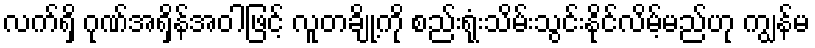
လက်ရှိ ဂုဏ်အရှိန်အဝါဖြင့် လူတချို့ကို စည်းရုံးသိမ်းသွင်းနိုင်လိမ့်မည်ဟု ကျွန်မ